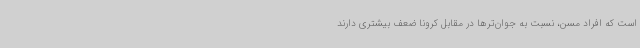
است که افراد مسن، نسبت به جوان‌ترها در مقابل کرونا ضعف بیشتری دارند